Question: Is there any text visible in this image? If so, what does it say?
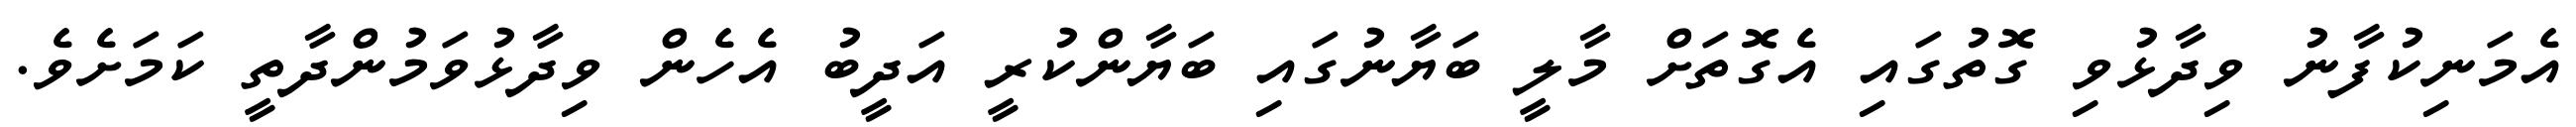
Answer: އެމަނިކުފާނު ވިދާޅުވި ގޮތުގައި އެގޮތަށް މާލީ ބަޔާނުގައި ބަޔާންކުރީ އަދީބު އެހެން ވިދާޅުވަމުންދާތީ ކަމަށެވެ.